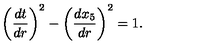
\left( \frac { d t } { d r } \right) ^ { 2 } - \left( \frac { d x _ { 5 } } { d r } \right) ^ { 2 } = 1 .